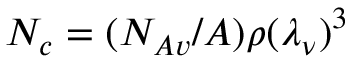
N _ { c } = ( N _ { A v } / A ) \rho ( \lambda _ { \nu } ) ^ { 3 }